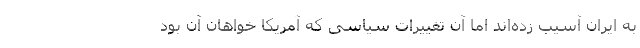
به ایران آسیب زده‌اند اما آن تغییرات سیاسی که آمریکا خواهان آن بود